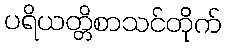
ပရိယတ္တိစာသင်တိုက်